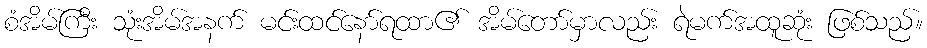
စံအိမ်ကြီး သုံးအိမ်အနက် မင်းထင်နော်ရထာ၏ အိမ်တော်မှာလည်း ရဲမက်အထူဆုံး ဖြစ်သည်။